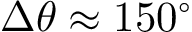
\Delta \theta \approx 1 5 0 ^ { \circ }